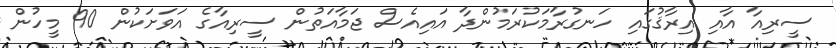
ސީރިއާ އާއި އިރާޤުގައި ހަނގުރާމަކުރަމުންދާ އައިއެސް ޖަމާއަތުން ސީރިއާގެ އަވަށަކުން 90 މީހުން